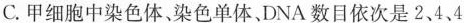
C.甲细胞中染色体、染色单体、DNA数目一次是2、4、4